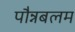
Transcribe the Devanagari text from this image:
पौन्नबलम